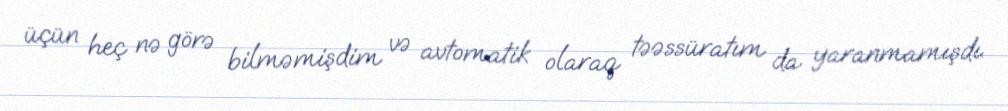
üçün heç nə görə bilməmişdim və avtomatik olaraq təəssüratım da yaranmamışdı.